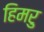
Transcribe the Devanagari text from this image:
हिमरु